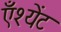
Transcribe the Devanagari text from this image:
एँश्येंट